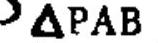
$\Delta PAB$